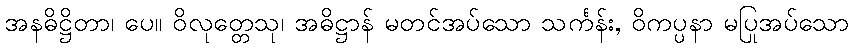
အနဓိဋ္ဌိတာ၊ ပေ။ ဝိလုတ္တေသု၊ အဓိဋ္ဌာန် မတင်အပ်သော သင်္ကန်း, ဝိကပ္ပနာ မပြုအပ်သော